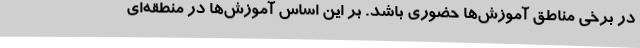
در برخی مناطق آموزش‌ها حضوری باشد. بر این اساس آموزش‌ها در منطقه‌ای